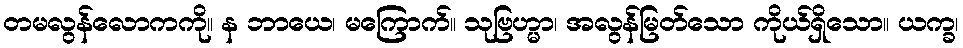
တမလွန်လောကကို။ န ဘာယေ၊ မကြောက်။ သုဗြဟ္မာ၊ အလွန်မြတ်သော ကိုယ်ရှိသော။ ယက္ခ၊